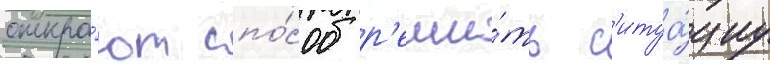
откро́ют спо́соб р'еши́ть с'итуа́циу